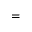
=